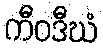
ကီဝဒီဃံ